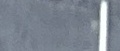
_